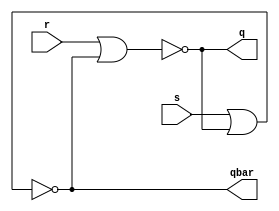
module srl (
    input s, r, output q, qbar
);
    assign q = ~(r | qbar);
    assign qbar = ~(s | q);
endmodule